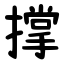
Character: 撑